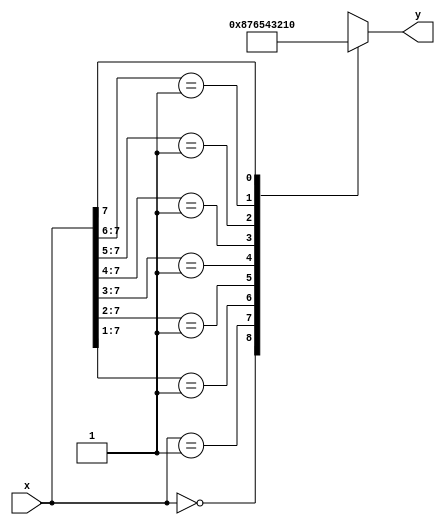
module leading_zeros(
    input [7:0] x,
    output reg [3:0] y
);
    always @(x) begin
        casex(x)
            8'b00000000 : y = 4'b1000;
            8'b00000001 : y = 4'b0111;
            8'b0000001x : y = 4'b0110;
            8'b000001xx : y = 4'b0101;
            8'b00001xxx : y = 4'b0100;
            8'b0001xxxx : y = 4'b0011;
            8'b001xxxxx : y = 4'b0010;
            8'b01xxxxxx : y = 4'b0001;
            8'b1xxxxxxx : y = 4'b0000;
        endcase
    end
endmodule